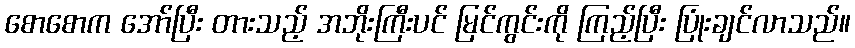
စောစောက အော်ပြီး တားသည့် အဘိုးကြီးပင် မြင်ကွင်းကို ကြည့်ပြီး ပြုံးချင်လာသည်။